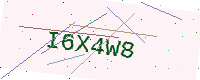
Text: I6X4W8